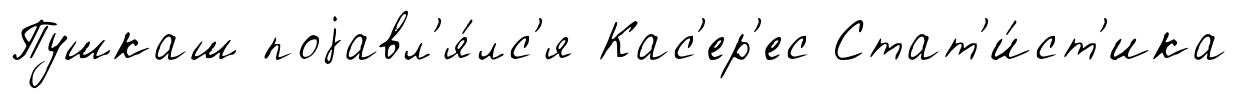
Пушкаш поjавл'я́лс'я Кас'ер'ес Стат'и́ст'ика